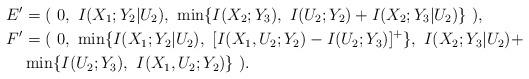
LaTeX: \begin{align*} E' &= (\ 0,\ I(X_1;Y_2|U_2),\ \min\{ I(X_2;Y_3),\ I(U_2;Y_2)+I(X_2;Y_3|U_2) \} \ ), \\ F' &= (\ 0,\ \min\{I(X_1;Y_2|U_2),\ [I(X_1,U_2;Y_2)-I(U_2;Y_3)]^+ \} ,\ I(X_2;Y_3|U_2)+ \\ &\min\{ I(U_2;Y_3) ,\ I(X_1,U_2;Y_2) \} \ ).\end{align*}